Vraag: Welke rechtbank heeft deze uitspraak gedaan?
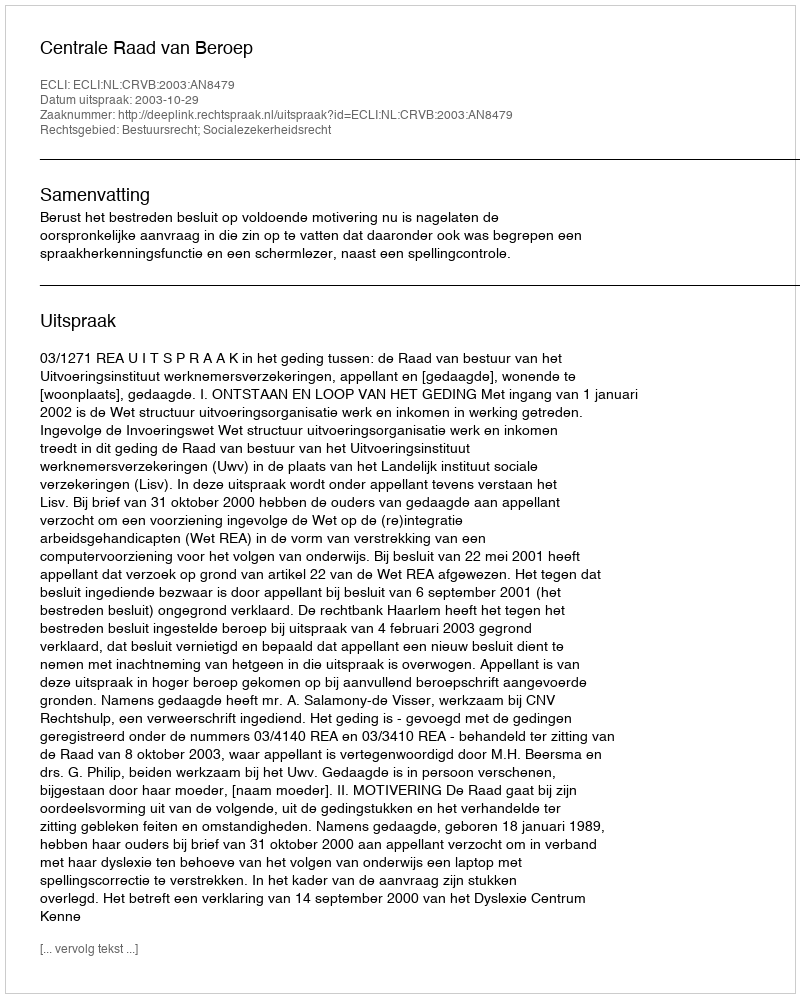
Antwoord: Centrale Raad van Beroep